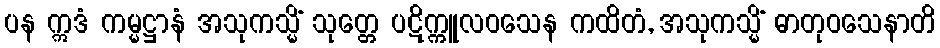
ပန ဣဒံ ကမ္မဋ္ဌာနံ အသုကသ္မိံ သုတ္တေ ပဋိက္ကူလဝသေန ကထိတံ, အသုကသ္မိံ ဓာတုဝသေနာတိ